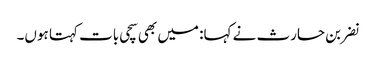
نضر بن حارث نے کہا: میں بھی سچی بات کہتا ہوں۔